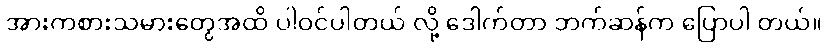
အားကစားသမားတွေအထိ ပါဝင်ပါတယ် လို့ ဒေါက်တာ ဘက်ဆန်က ပြောပါ တယ်။